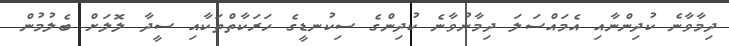
ދިމާވާނެ ކުދިންނާއި އެމައްސަލަ ދިމާނުވާނެ ކުދިންގެ ސިކުނޑީގެ ހަރަކާތްތަކާއި ސީދާ ލޮލަށް ބެލުމުން